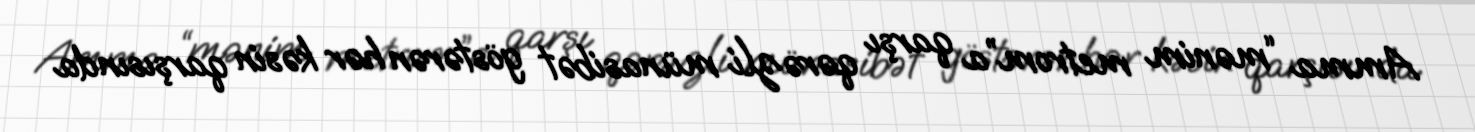
Amma “mənim metrom”a qarşı qərəzli münasibət göstərən hər kəsin qarşısında